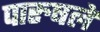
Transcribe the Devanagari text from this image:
पारुषले